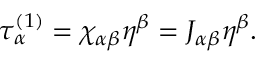
\tau _ { \alpha } ^ { ( 1 ) } = \chi _ { \alpha \beta } \eta ^ { \beta } = J _ { \alpha \beta } \eta ^ { \beta } .